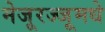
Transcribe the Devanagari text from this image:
मेजूरज्जूमधे